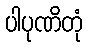
ပါပုဏိတုံ